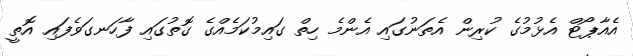
އެއާޕޯޓް އެޅުމުގެ ކުރިން އެތަނުގައި އެންމެ ހިތް ގައިމުކަމެއްގެ ގޮތުގައި ފާހަނގަވެފައި އޮތީ